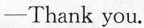
-Thank you.